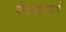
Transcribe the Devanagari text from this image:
निवाड्याप्रमाणें